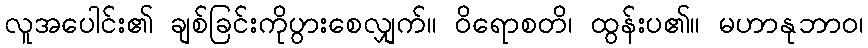
လူအပေါင်း၏ ချစ်ခြင်းကိုပွားစေလျှက်။ ဝိရောစတိ၊ ထွန်းပ၏။ မဟာနုဘာဝ၊